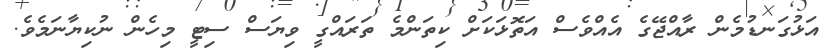
އަޅުގަނޑުމެން ރާއްޖޭގެ އެއްވެސް އަތޮޅަކަށް ކިތަންމެ ތަަރައްގީ ވިޔަސް ސިޓީ މިހެން ނުކިޔާނަމެވެ.